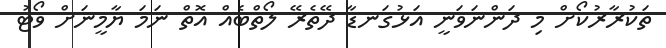
ތަކުރާރުކޯށް މި ދަންނަވަނީ އަޅުގަނޑާ ދޭތެރޭ ލޯތްބެއް އޮތް ނަމަ ޔާމީނަށް ވޯޓު